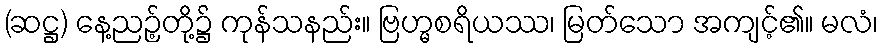
(ဆဋ္ဌ) နေ့ညဉ့်တို့၌ ကုန်သနည်း။ ဗြဟ္မစရိယဿ၊ မြတ်သော အကျင့်၏။ မလံ၊